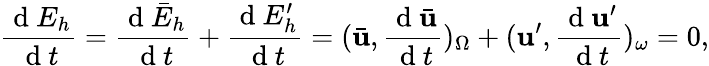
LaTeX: \frac{\mathrm{~d~}E_{h}}{\mathrm{~d~}t}=\frac{\mathrm{~d~}\bar{E}_{h}}{\mathrm{~d~}t}+\frac{\mathrm{~d~}E_{h}^{\prime}}{\mathrm{~d~}t}=(\bar{\mathbf{u}},\frac{\mathrm{~d~}\bar{\mathbf{u}}}{\mathrm{~d~}t})_{\Omega}+(\mathbf{u}^{\prime},\frac{\mathrm{~d~}\mathbf{u}^{\prime}}{\mathrm{~d~}t})_{\omega}=0,